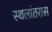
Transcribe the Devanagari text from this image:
स्थलांतरास